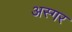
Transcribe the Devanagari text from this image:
अस्गर